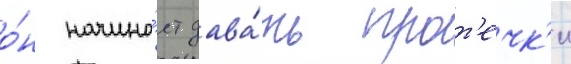
о́н начина́ет дава́ть прот'ечк'и